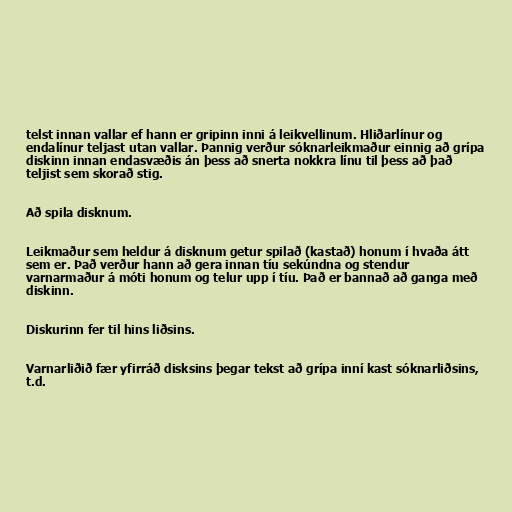
telst innan vallar ef hann er gripinn inni á leikvellinum. Hliðarlínur og
endalínur teljast utan vallar. Þannig verður sóknarleikmaður einnig að grípa
diskinn innan endasvæðis án þess að snerta nokkra línu til þess að það
teljist sem skorað stig.

Að spila disknum.

Leikmaður sem heldur á disknum getur spilað (kastað) honum í hvaða átt
sem er. Það verður hann að gera innan tíu sekúndna og stendur
varnarmaður á móti honum og telur upp í tíu. Það er bannað að ganga með
diskinn.

Diskurinn fer til hins liðsins.

Varnarliðið fær yfirráð disksins þegar tekst að grípa inní kast sóknarliðsins,
t.d.